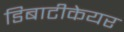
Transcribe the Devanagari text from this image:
डिबाटीकेयर